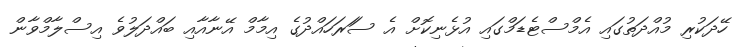
ހޭދަކުރި މުއްދަތުގައި އެމްސްޓެޑަމްގައި އުޅެނިކޮށް އެ ސަަރަހައްދުގެ އިމާމް އޭނާއާއި ބައްދަލުވެ އިސްލާމްވާން